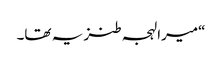
“میرا لہجہ طنز یہ تھا۔